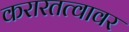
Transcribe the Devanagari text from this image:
करारतत्वावर